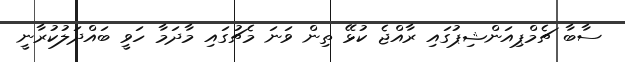
ސާބާ ޗެމްޕިއަންޝިޕުގައި ރާއްޖެ ކުޅޭ ތިން ވަނަ މެޗުގައި މާދަމާ ހަވީ ބައްދަލުކުރާނީ